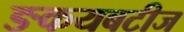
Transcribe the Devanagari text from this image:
ङकयबटीज